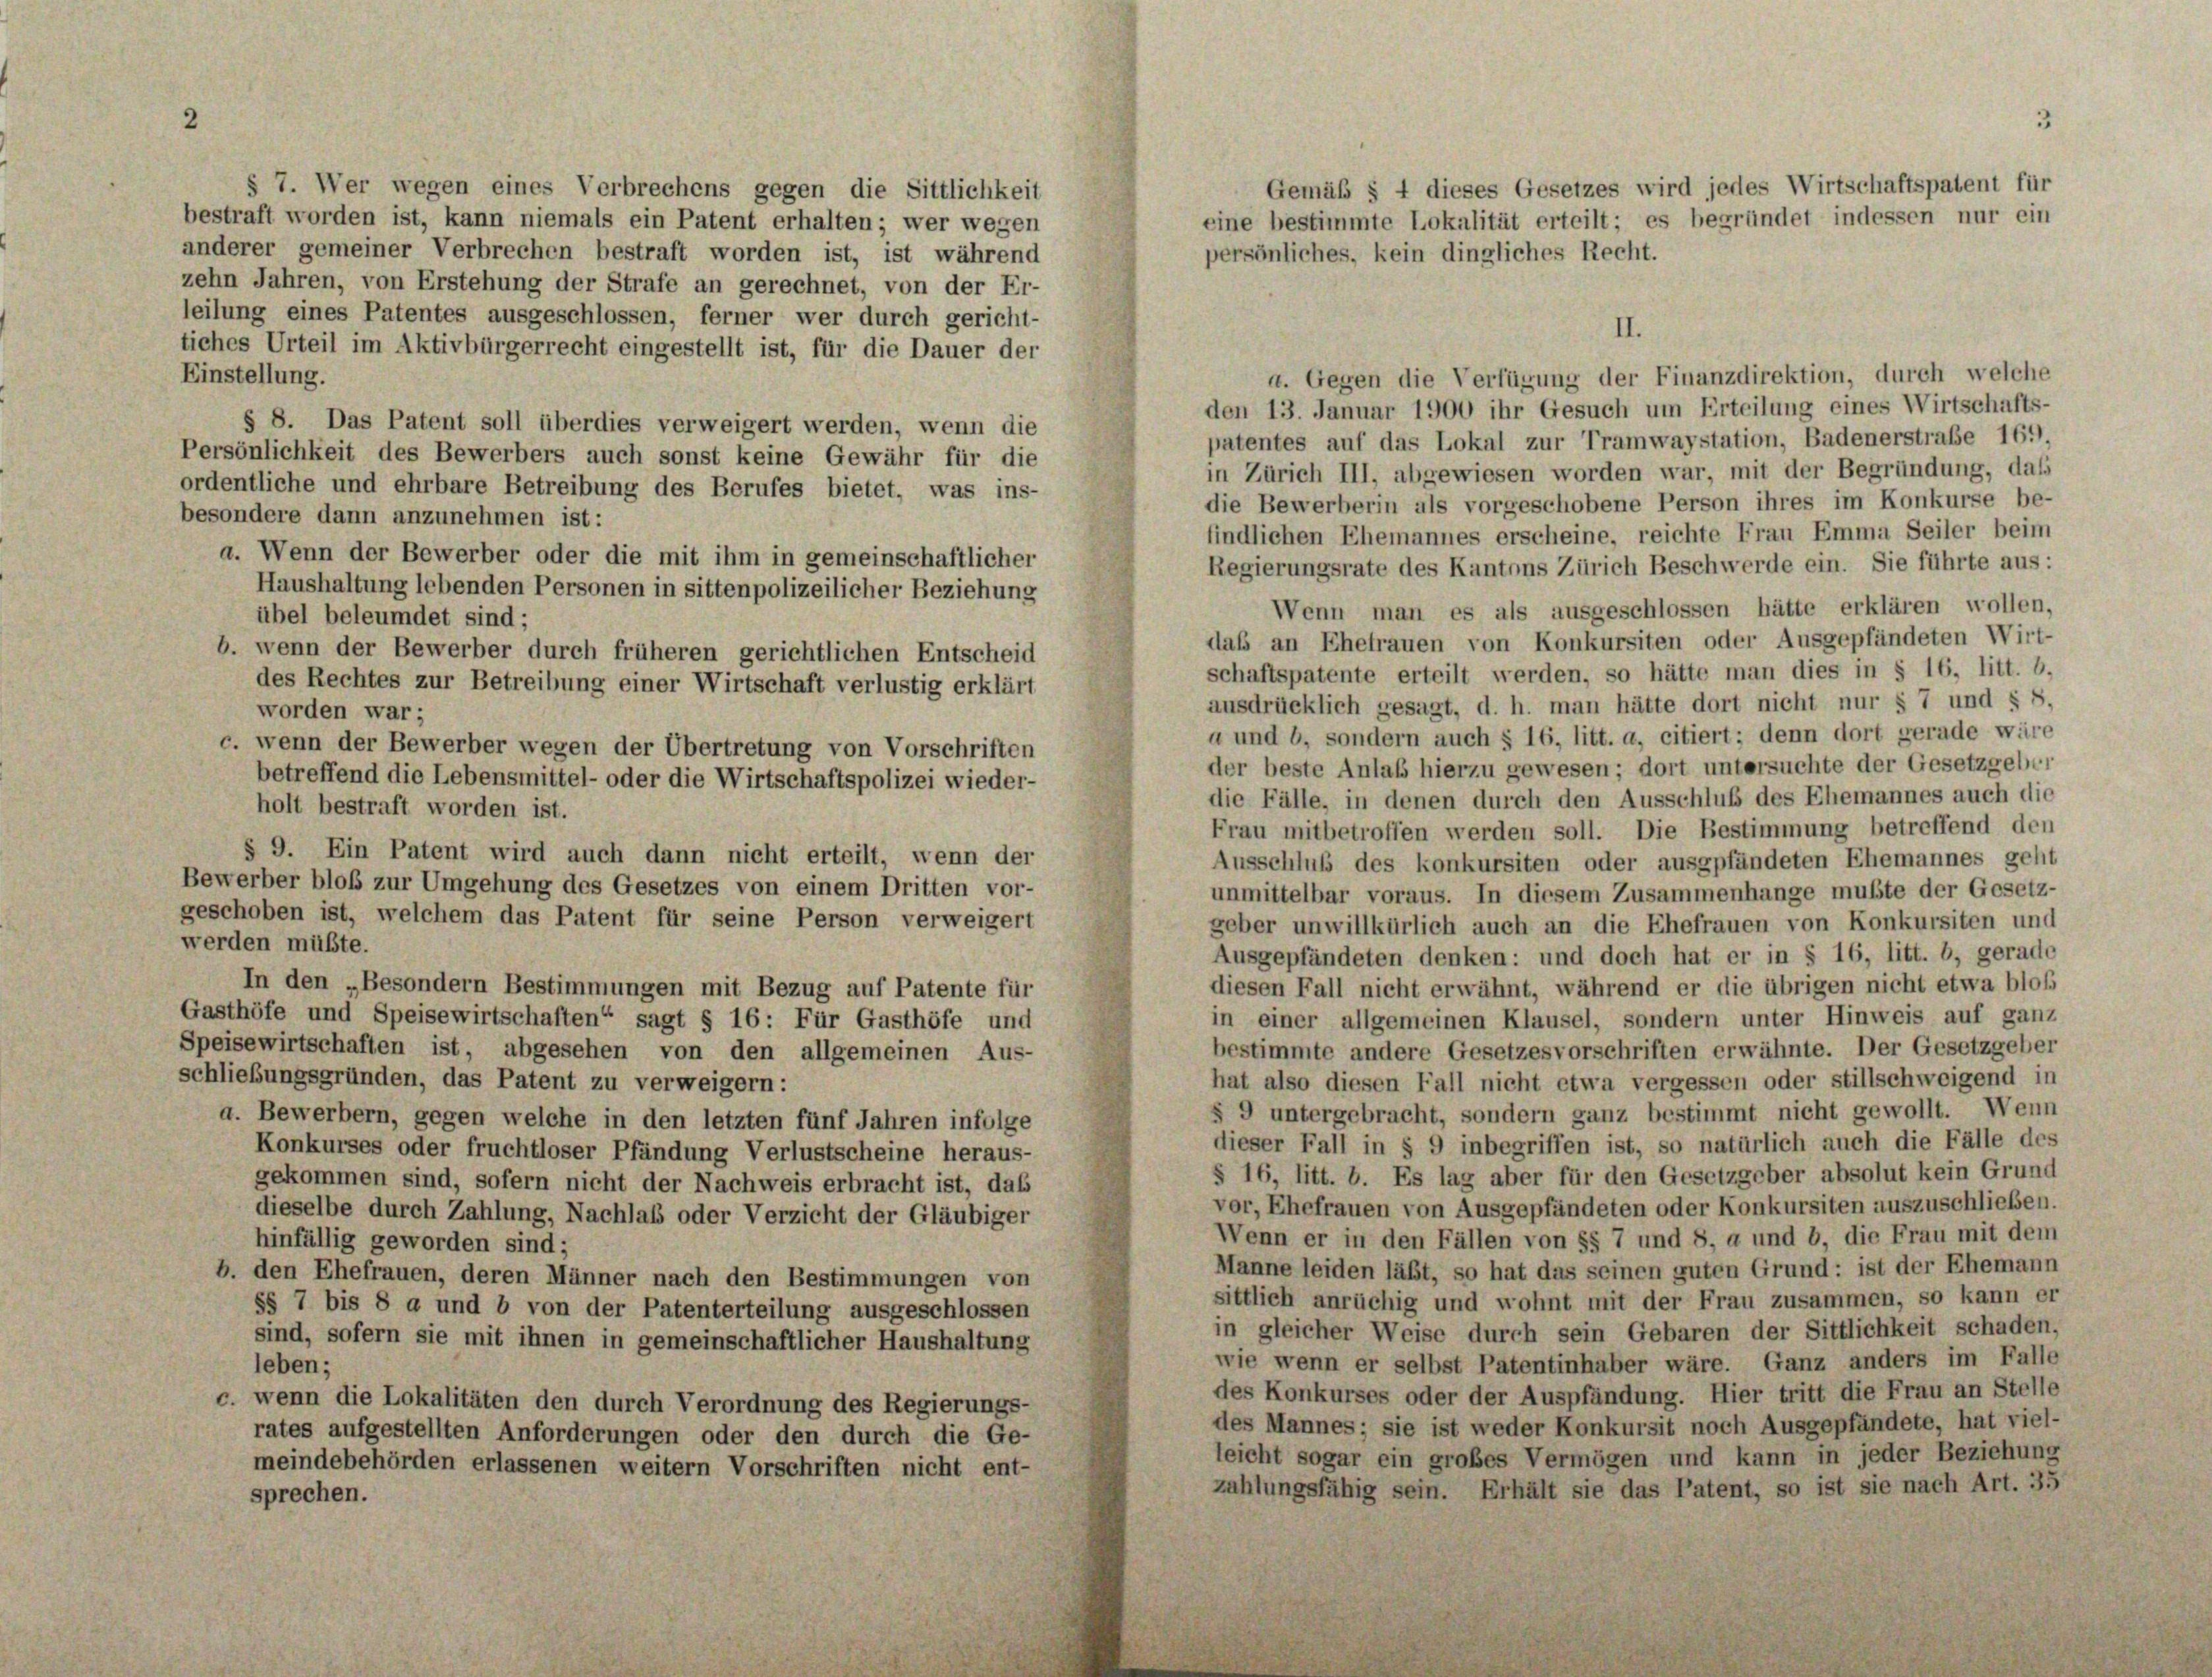
Gemäß § 4 dieses Gesetzes wird jedes Wirtschaftspatent für
§ 7. Wer wegen eines Verbrechens gegen die Sittlichkeit
eine bestimmte Lokalität erteilt; es begründet indessen nur ein
bestraft worden ist, kann niemals ein Patent erhalten; wer wegen
anderer gemeiner Verbrechen bestraft worden ist, ist während
persönliches, kein dingliches Recht.
zehn Jahren, von Erstehung der Strafe an gerechnet, von der Er-
teilung eines Patentes ausgeschlossen, ferner wer durch gericht-
II.
tiches Urteil im Aktivbürgerrecht eingestellt ist, für die Dauer der
Einstellung.
a. Gegen die Verfügung der Finanzdirektion, durch welche
den 13. Januar 1900 ihr Gesuch um Erteilung eines Wirtschafts-
§ 8. Das Patent soll überdies verweigert werden, wenn die
patentes auf das Lokal zur Tramwaystation, Badenerstraße 161)
Persönlichkeit des Bewerbers auch sonst keine Gewähr für die
in Zürich III, abgewiesen worden war, mit der Begründung, dass
ordentliche und ehrbare Betreibung des Berufes bietet, was ins-
die Bewerberin als vorgeschobene Person ihres im Konkurse be-
besondere dann anzunehmen ist:
findlichen Ehemannes erscheine, reichte Frau Emma Seiler beim
a. Wenn der Bewerber oder die mit ihm in gemeinschaftlicher
Regierungsrate des Kantons Zürich Beschwerde ein. Sie führte aus:
Haushaltung lebenden Personen in sittenpolizeilicher Beziehung
Wenn man es als ausgeschlossen hätte erklären wollen,
übel beleumdet sind;
daß an Ehefrauen von Konkursiten oder Ausgepfändeten Wirt-
b. wenn der Bewerber durch früheren gerichtlichen Entscheid
schaftspatente erteilt werden, so hätte man dies in § 16, litt. b.
des Rechtes zur Betreibung einer Wirtschaft verlustig erklärt
ausdrücklich gesagt, d. h. man hätte dort nicht nur § 7 und § 8,
worden war;
a und b, sondern auch § 16, litt. a, citiert; denn dort gerade wäre
c. wenn der Bewerber wegen der Übertretung von Vorschriften
der beste Anlaß hierzu gewesen; dort untersuchte der Gesetzgeber
betreffend die Lebensmittel- oder die Wirtschaftspolizei wieder-
die Fälle, in denen durch den Ausschluß des Ehemannes auch die
holt bestraft worden ist.
Frau mitbetroffen werden soll. Die Bestimmung betreffend den
§ 9. Ein Patent wird auch dann nicht erteilt, wenn der
Ausschluß des konkursiten oder ausgpfändeten Ehemannes geht
Bewerber bloß zur Umgehung des Gesetzes von einem Dritten vor-
unmittelbar voraus. In diesem Zusammenhänge mußte der Gesetz-
geschoben ist, welchem das Patent für seine Person verweigert
geber unwillkürlich auch an die Ehefrauen von Konkursiten und
werden müßte.
Ausgepfändeten denken: und doch hat er in § 16, litt. b, gerade
In den „Besondern Bestimmungen mit Bezug auf Patente für
diesen Fall nicht erwähnt, während er die übrigen nicht etwa bloß
Gasthöfe und Speisewirtschaften“ sagt § 16: Für Gasthöfe und
in einer allgemeinen Klausel, sondern unter Hinweis auf ganz
Speisewirtschaften ist, abgesehen von den allgemeinen Aus-
bestimmte andere Gesetzesvorschriften erwähnte. Der Gesetzgeber
schließungsgründen, das Patent zu verweigern:
hat also diesen Fall nicht etwa vergessen oder stillschweigend in
§ 9 untergebracht, sondern ganz bestimmt nicht gewollt. Wenn
a. Bewerbern, gegen welche in den letzten fünf Jahren infolge
dieser Fall in § 9 inbegriffen ist, so natürlich auch die Fälle des
Konkurses oder fruchtloser Pfändung Verlustscheine heraus-
§ 16, litt. b. Es lag aber für den Gesetzgeber absolut kein Grund
gekommen sind, sofern nicht der Nachweis erbracht ist, das
vor, Ehefrauen von Ausgepfändeten oder Konkursiten auszuschließen.
dieselbe durch Zahlung, Nachlass oder Verzicht der Gläubiger
Wenn er in den Fällen von §§ 7 und 8, a und b, die Frau mit dem
hinfällig geworden sind;
Manne leiden läßt, so hat das seinen guten Grund: ist der Ehemann
b. den Ehefrauen, deren Männer nach den Bestimmungen von
sittlich anrüchig und wohnt mit der Frau zusammen, so kann er
§§ 7 bis 8 a und b von der Patenterteilung ausgeschlossen
in gleicher Weise durch sein Gebaren der Sittlichkeit schaden,
sind, sofern sie mit ihnen in gemeinschaftlicher Haushaltung
wie wenn er selbst Patentinhaber wäre. Ganz anders im Falle
leben;
des Konkurses oder der Auspfändung. Hier tritt die Frau an Stelle
c. wenn die Lokalitäten den durch Verordnung des Regierungs-
des Mannes; sie ist weder Konkursit noch Ausgepfändete, hat viel-
rates aufgestellten Anforderungen oder den durch die Ge-
leicht sogar ein großes Vermögen und kann in jeder Beziehung
meindebehörden erlassenen weitern Vorschriften nicht ent-
zahlungsfähig sein. Erhält sie das Patent, so ist sie nach Art. 35
sprechen.